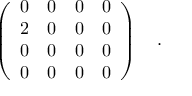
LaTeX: \left( \begin{array} { c c c c } { { { 0 } } } & { { { 0 } } } & { { { 0 } } } & { { { 0 } } } \\ { { 2 } } & { { 0 } } & { { 0 } } & { { 0 } } \\ { { 0 } } & { { 0 } } & { { 0 } } & { { 0 } } \\ { { 0 } } & { { 0 } } & { { 0 } } & { { 0 } } \end{array} \right) \quad .